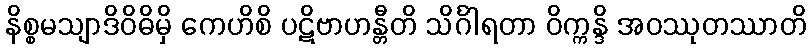
နိစ္စမသျာဒိဝိဓိမှိ ကေဟိစိ ပဋိဗာဟန္တီတိ သိင်္ဂါရတာ ဝိက္ကန္ဒိ အဝဿုတဿာတိ